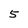
Character: 5